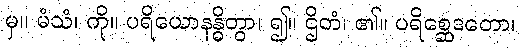
မှ။ မံသံ၊ ကို။ ပရိယောနန္ဓိတွာ၊ ၍။ ဌိတံ၊ ၏။ ပရိစ္ဆေဒတော၊